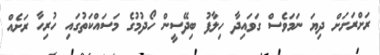
ރަށްރަށަށް ދިޔަ ނަމަވެސް ގަވައިދާ ހިލާފު ބިދޭސީން ހޯދުމުގެ މަސައްކަތުގައި ހުރިހާ ރަށެއް